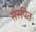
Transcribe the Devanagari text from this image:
संरुपित